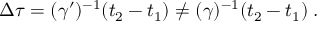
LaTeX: \Delta \tau = ( \gamma ^ { \prime } ) ^ { - 1 } ( t _ { 2 } - t _ { 1 } ) \neq ( \gamma ) ^ { - 1 } ( t _ { 2 } - t _ { 1 } ) \; .